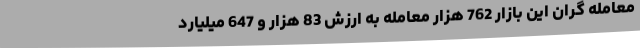
معامله گران این بازار 762 هزار معامله به ارزش 83 هزار و 647 میلیارد